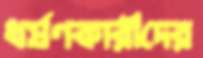
ধর্ষণকারীদের